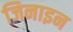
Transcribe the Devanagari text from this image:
जिनाइन